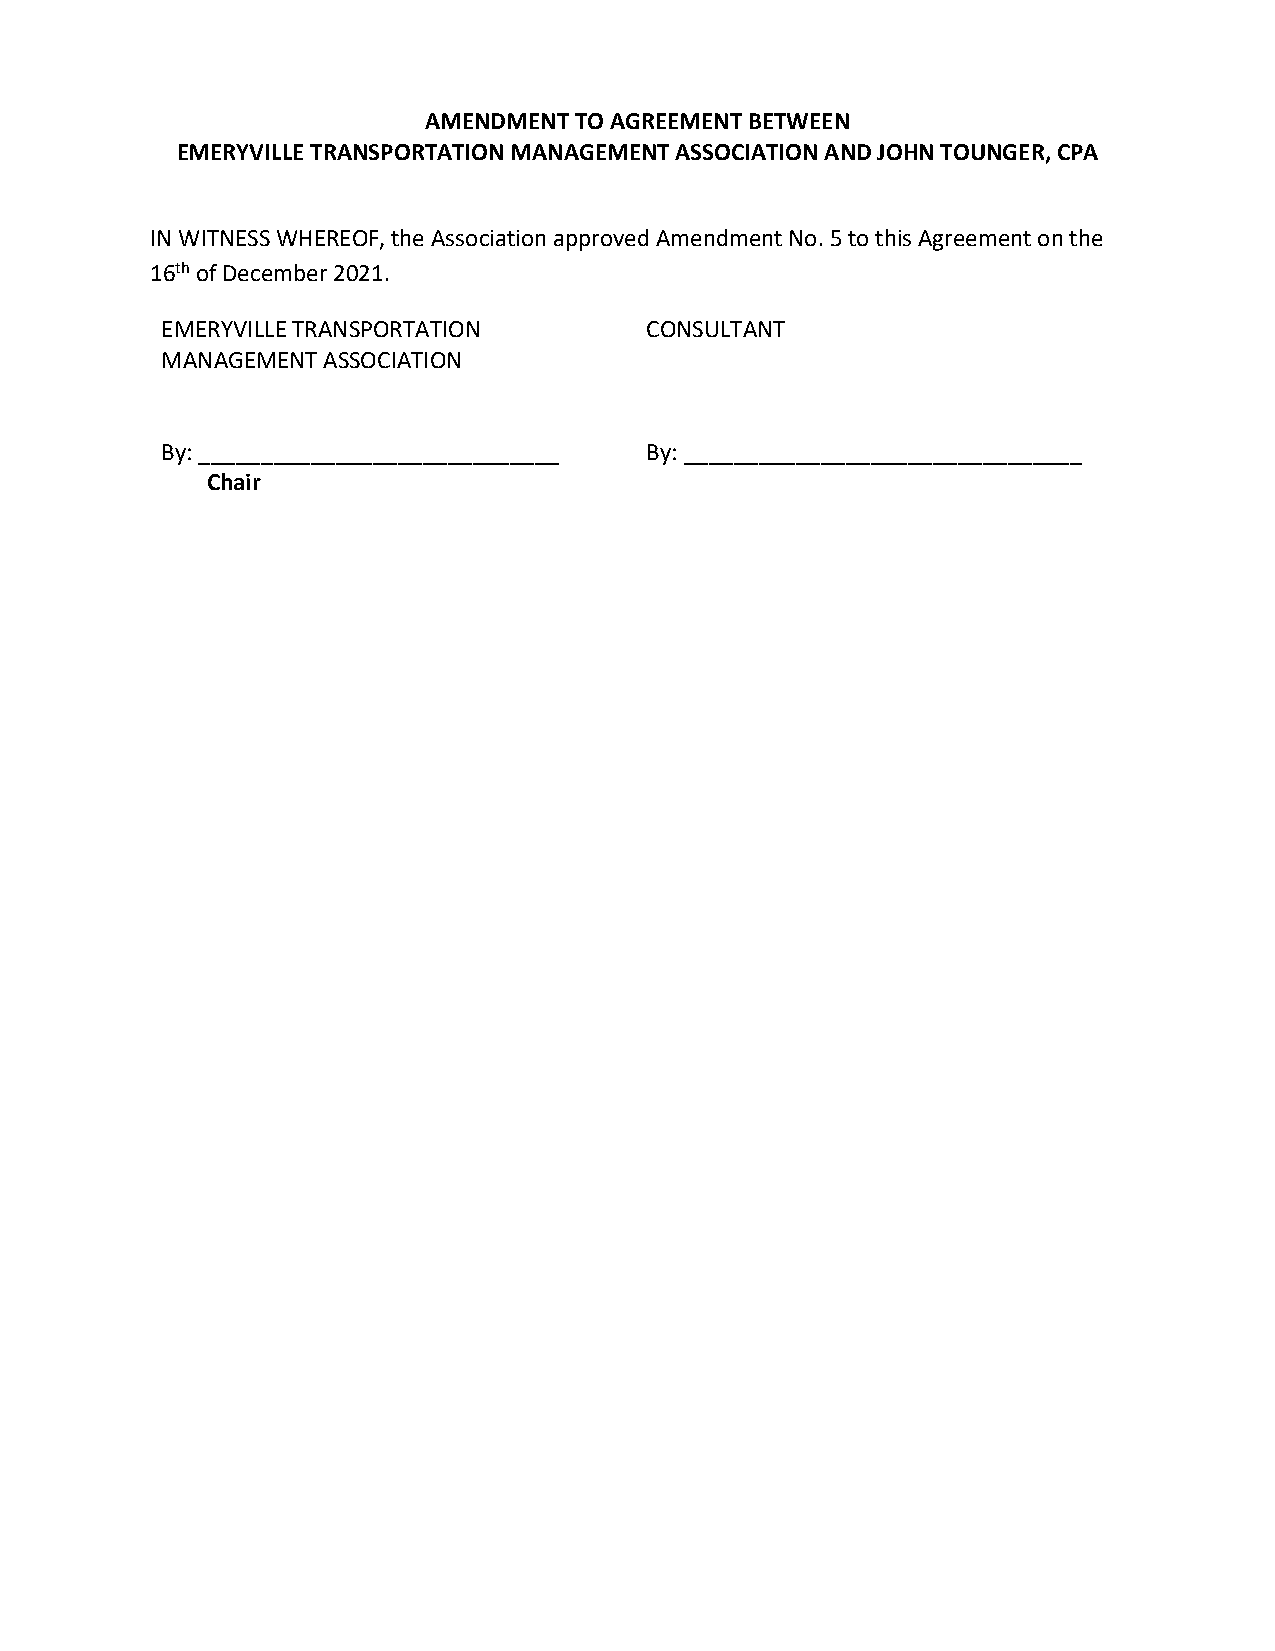
AMENDMENT TO AGREEMENT BETWEEN
 EMERYVILLE TRANSPORTATION MANAGEMENT ASSOCIATION AND JOHN TOUNGER, CPA
 IN WITNESS WHEREOF, the Association approved Amendment No. 5 to this Agreement on the
 16th of December 2021.
 EMERYVILLE TRANSPORTATION       CONSULTANT
 MANAGEMENT ASSOCIATION
 By: _____________________________ By: ________________________________
 Chair